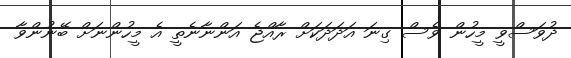
ދުވަސްވީ މީހުން ވެސް ގިނަ އަދަދަކަށް ރާއްޖެ އަންނާނެތީ އެ މީހުންނަށް ބޭނުންވާ